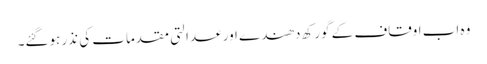
وہ اب اوقاف کے گورکھ دھندے اور عدالتی مقدمات کی نذر ہوگئے۔